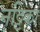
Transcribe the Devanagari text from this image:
नट्टिका